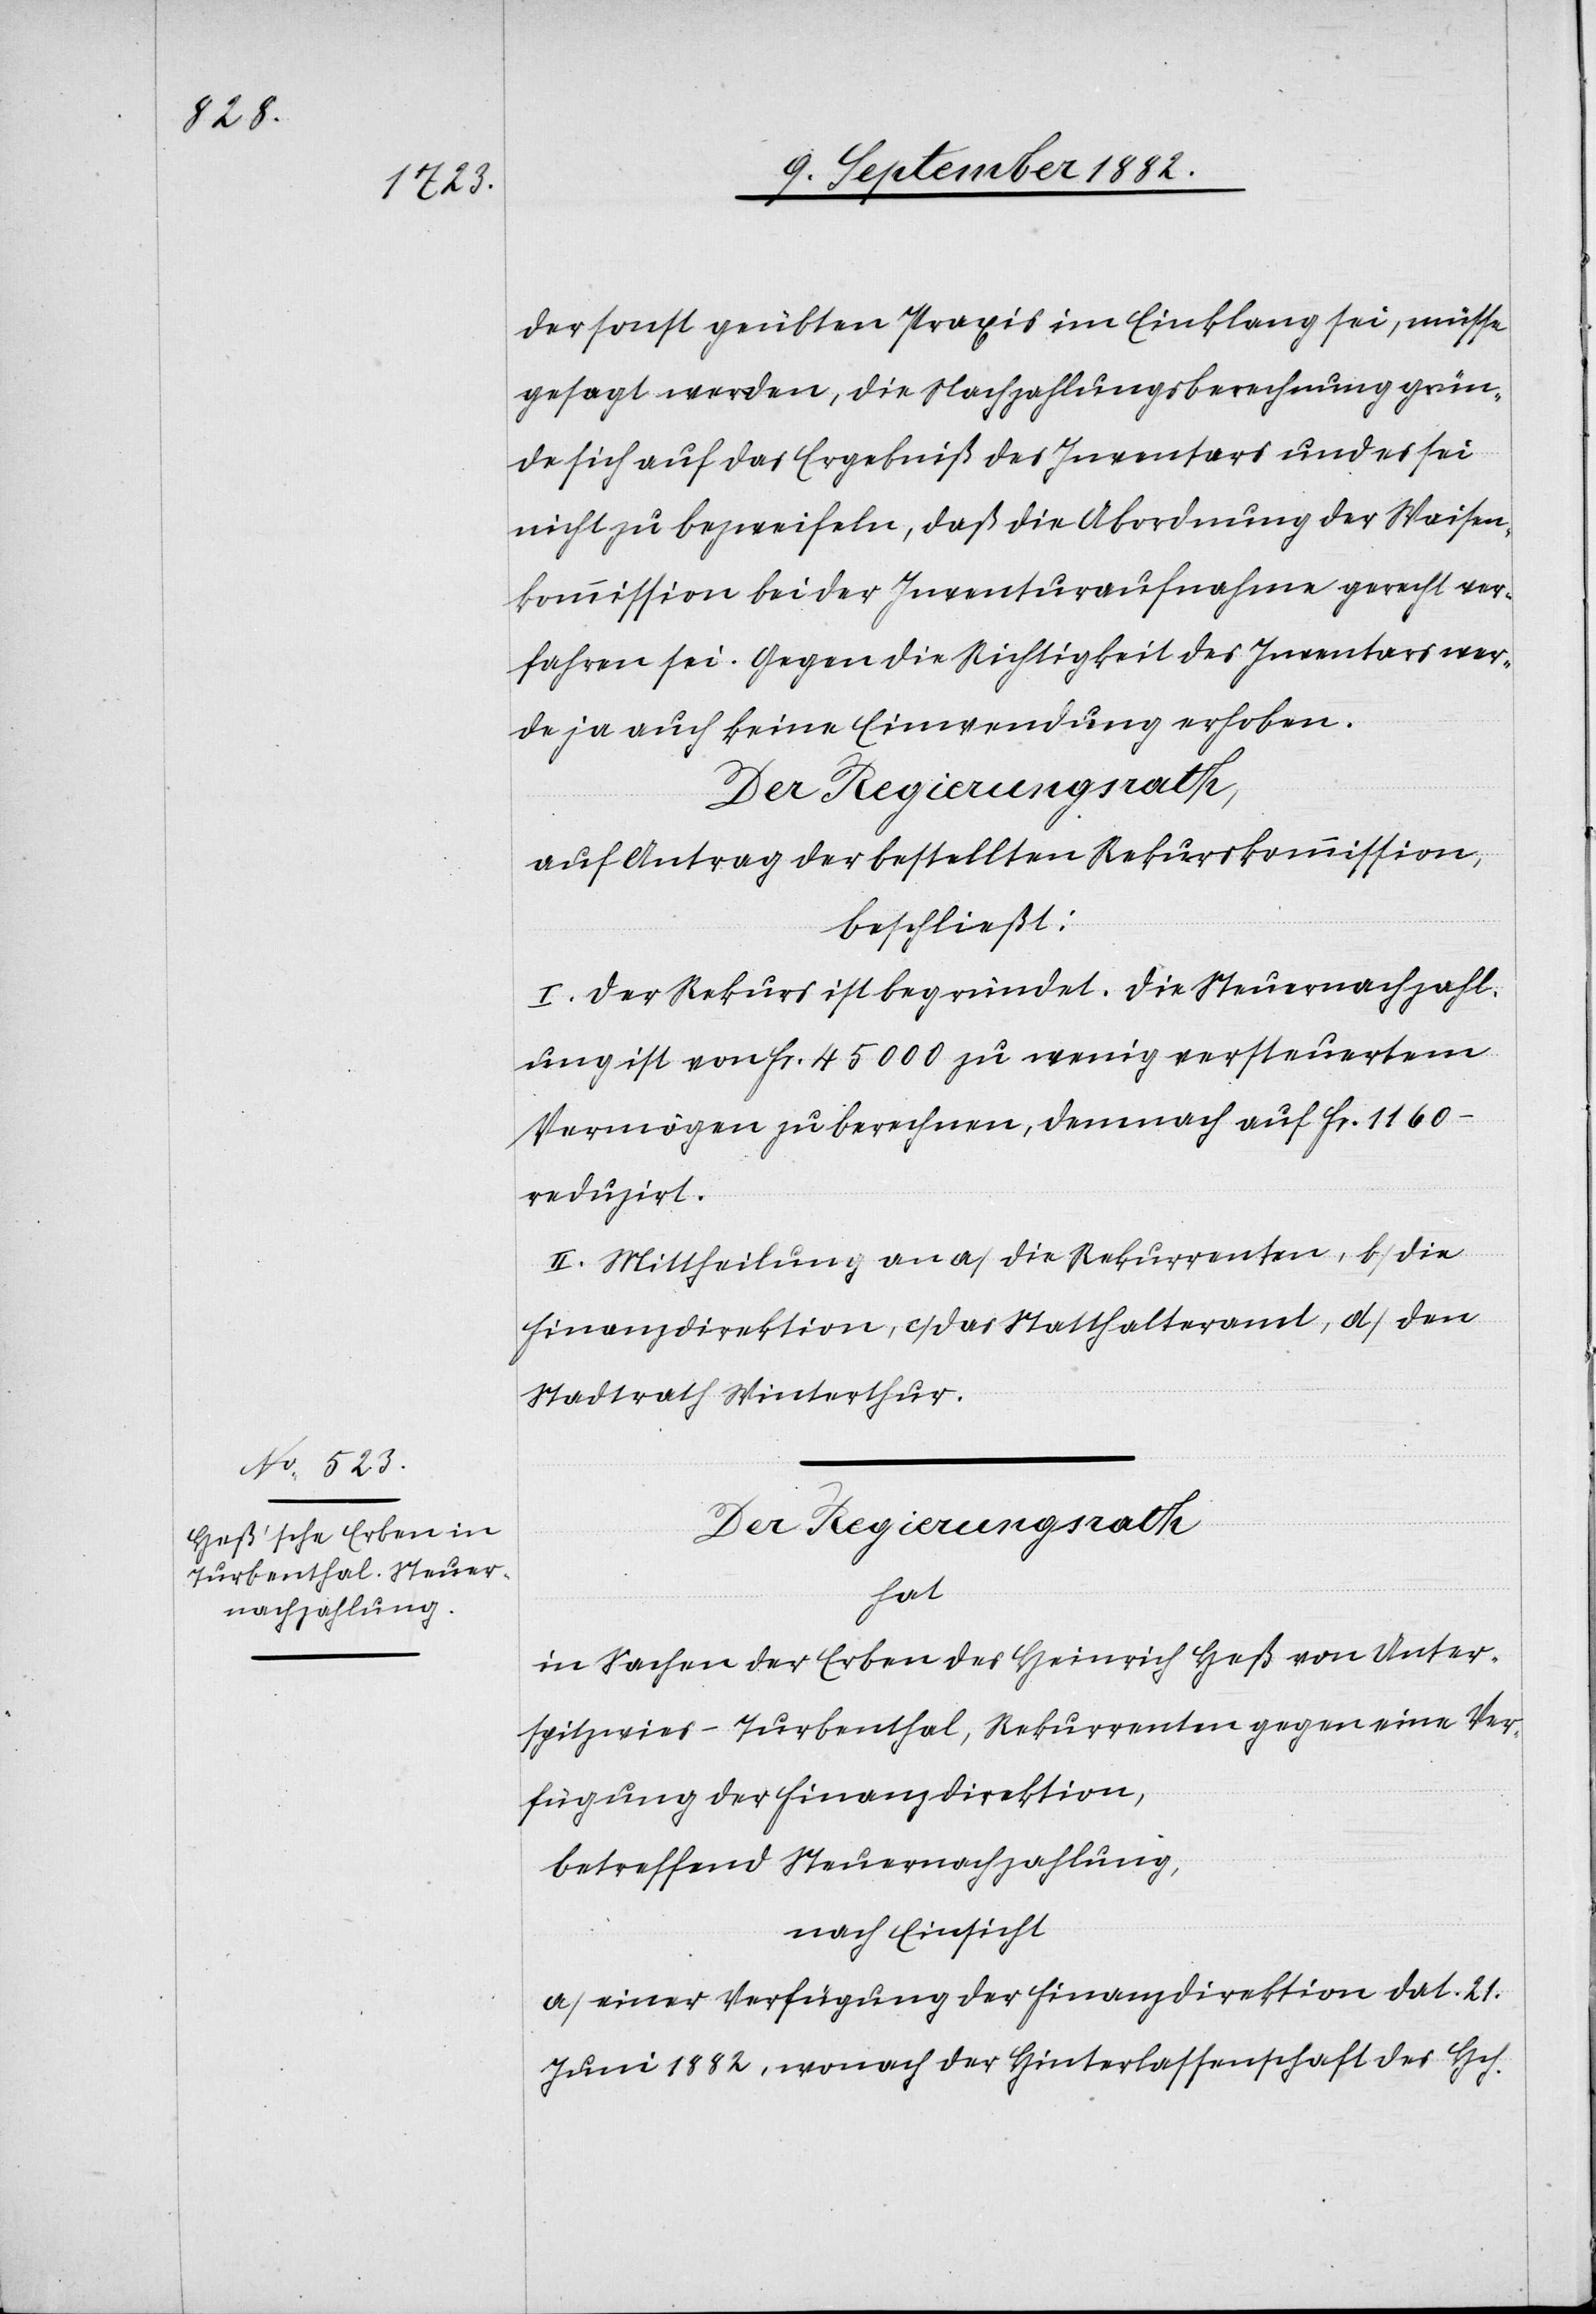
der sonst geübten Praxis im Einklang sei, müsse
gesagt werden, die Nachzahlungsberechnung grün¬
de sich auf das Ergebniß des Inventars und es sei
nicht zu bezweifeln, daß die Abordnung der Waisen¬
kommission bei der Inventuraufnahme gerecht ver¬
fahren sei. Gegen die Richtigkeit des Inventars wer¬
de ja auch keine Einwendung erhoben.
Der Regierungsrath
auf Antrag der bestellten Rekurskommission,
beschließt:
I. Der Rekurs ist begründet. Die Steuernachzahl¬
ung ist von Fr. 45000 zu wenig versteuertem
Vermögen zu berechnen, demnach auf Fr. 1160 –
reduzirt.
II. Mittheilung an a) die Rekurrenten, b) die
Finanzdirektion, c) das Statthalteramt, d) den
hat
in Sachen der Erben des Heinrich Heß von Unter¬
spitzwies - Turbenthal, Rekurrenten gegen eine Ver¬
fügung der Finanzdirektion,
betreffend Steuernachzahlung,
nach Einsicht:
a) einer Verfügung der Finanzdirektion dat. 21.
Juni 1882, wonach der Hinterlassenschaft des Hch.